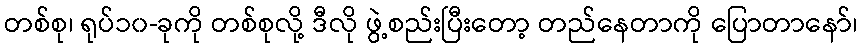
တစ်စု၊ ရုပ်၁၀-ခုကို တစ်စုလို့ ဒီလို ဖွဲ့စည်းပြီးတော့ တည်နေတာကို ပြောတာနော်၊